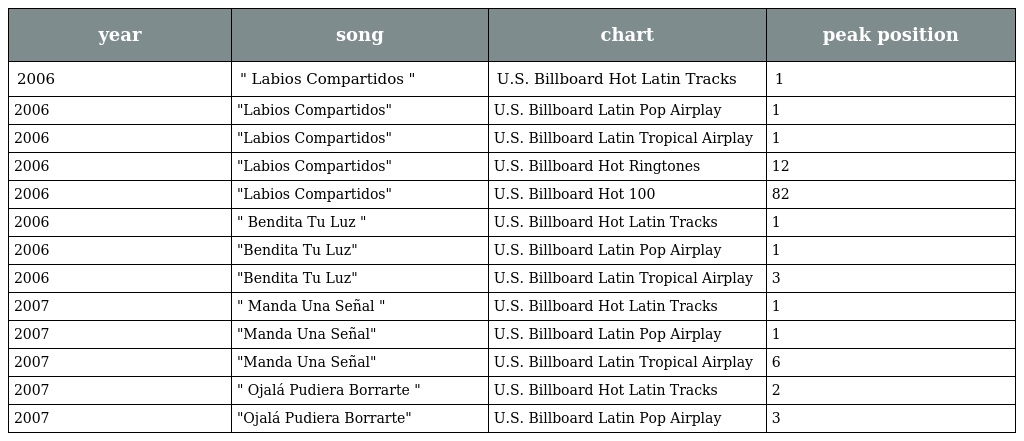
| year | song | chart | peak position |
 | --- | --- | --- | --- |
 | 2006 | " Labios Compartidos " | U.S. Billboard Hot Latin Tracks | 1 |
 | 2006 | "Labios Compartidos" | U.S. Billboard Latin Pop Airplay | 1 |
 | 2006 | "Labios Compartidos" | U.S. Billboard Latin Tropical Airplay | 1 |
 | 2006 | "Labios Compartidos" | U.S. Billboard Hot Ringtones | 12 |
 | 2006 | "Labios Compartidos" | U.S. Billboard Hot 100 | 82 |
 | 2006 | " Bendita Tu Luz " | U.S. Billboard Hot Latin Tracks | 1 |
 | 2006 | "Bendita Tu Luz" | U.S. Billboard Latin Pop Airplay | 1 |
 | 2006 | "Bendita Tu Luz" | U.S. Billboard Latin Tropical Airplay | 3 |
 | 2007 | " Manda Una Señal " | U.S. Billboard Hot Latin Tracks | 1 |
 | 2007 | "Manda Una Señal" | U.S. Billboard Latin Pop Airplay | 1 |
 | 2007 | "Manda Una Señal" | U.S. Billboard Latin Tropical Airplay | 6 |
 | 2007 | " Ojalá Pudiera Borrarte " | U.S. Billboard Hot Latin Tracks | 2 |
 | 2007 | "Ojalá Pudiera Borrarte" | U.S. Billboard Latin Pop Airplay | 3 |